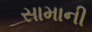
સામાની